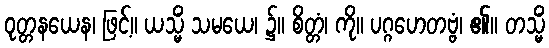
ဝုတ္တနယေန၊ ဖြင့်။ ယသ္မိံ သမယေ၊ ၌။ စိတ္တံ၊ ကို။ ပဂ္ဂဟေတဗ္ဗံ၊ ၏။ တသ္မိံ